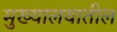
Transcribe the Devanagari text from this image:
मुख्यालयातील